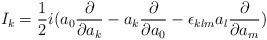
\begin{align*}I_k= \frac{1}{2} i( a_0 \frac{\partial}{\partial a_k} - a_k \frac{\partial}{\partial a_0} -\epsilon_{klm} a_l \frac{\partial}{\partial a_m})\end{align*}